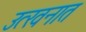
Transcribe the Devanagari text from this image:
उत्खनात